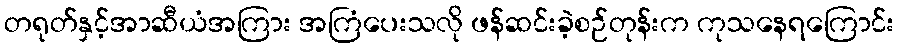
တရုတ်နှင့်အာဆီယံအကြား အကြံပေးသလို ဖန်ဆင်းခဲ့စဉ်တုန်းက ကုသနေရကြောင်း